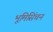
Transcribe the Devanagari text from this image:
भूमिसिंचन